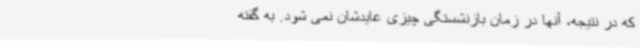
که در نتیجه، آنها در زمان بازنشستگی چیزی عایدشان نمی شود. به گفته